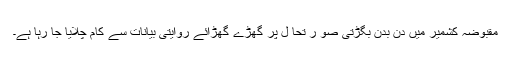
مقبوضہ کشمیر میں دن بدن بگڑتی صو ر تحا ل پر گھڑے گھڑائے روایتی بیانات سے کام چلایا جا رہا ہے۔